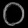
Digit: ၀